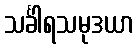
သင်္ခါရသမုဒယာ